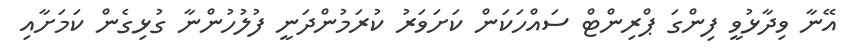
އޭނާ ވިދާޅުވީ ފިންގަ ޕްރިންޓް ސައްހަކަން ކަށަވަރު ކުރަމުންދަނީ ފުލުހުންނާ ގުޅިގެން ކަމަށާއި